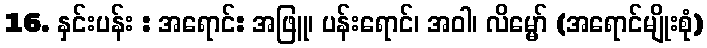
16. နှင်းပန်း : အရောင်: အဖြူ၊ ပန်းရောင်၊ အဝါ၊ လိမ္မော် (အရောင်မျိုးစုံ)